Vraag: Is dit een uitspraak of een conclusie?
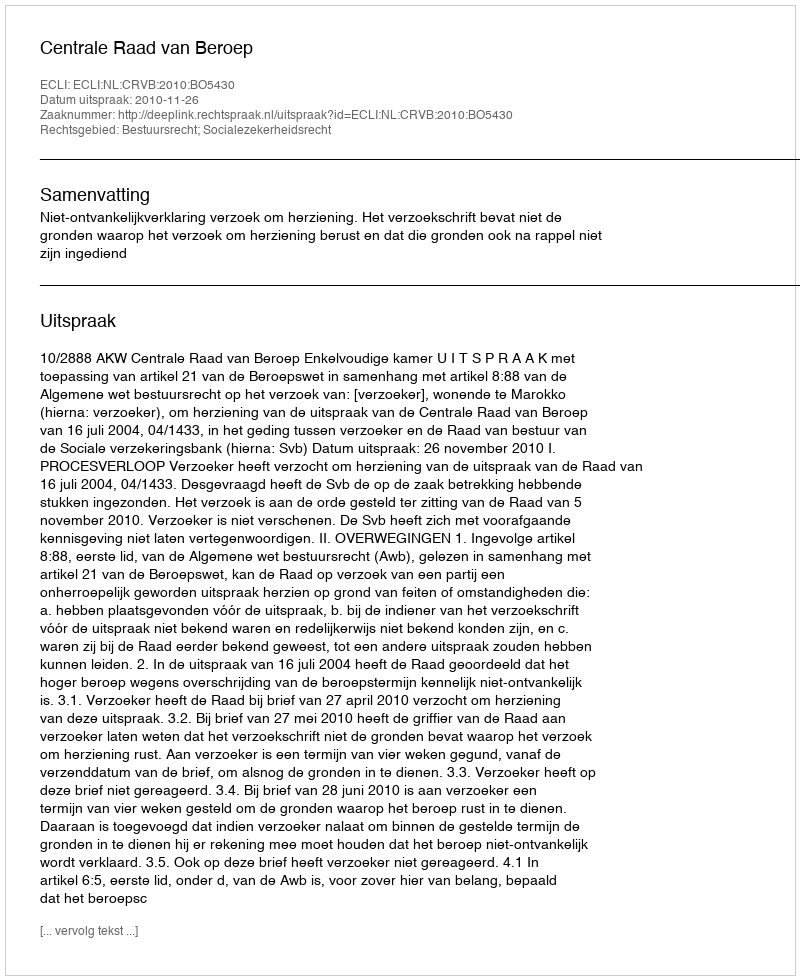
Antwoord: Uitspraak